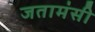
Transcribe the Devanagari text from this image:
जतामंसी